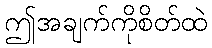
ဤအချက်ကိုစိတ်ထဲ